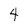
Character: 4